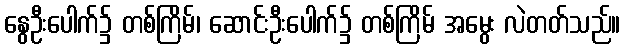
နွေဦးပေါက်၌ တစ်ကြိမ်၊ ဆောင်းဦးပေါက်၌ တစ်ကြိမ် အမွေး လဲတတ်သည်။